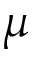
\mu